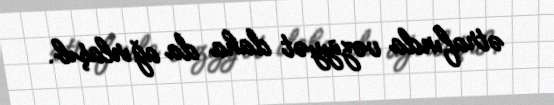
ətrafında vəziyyət daha da ağırlaşıb.